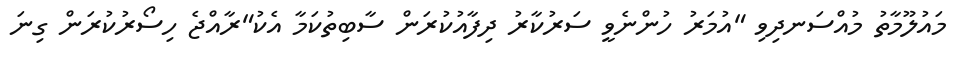
މައުލޫމާތު މުއްސަނދިވި "އުމަރު ހުންނެވީ ސަރުކާރު ދިފާއުކުރަން ސާބިތުކަމާ އެކު"ރާއްޖެ ހިސޯރުކުރަން ގިނަ